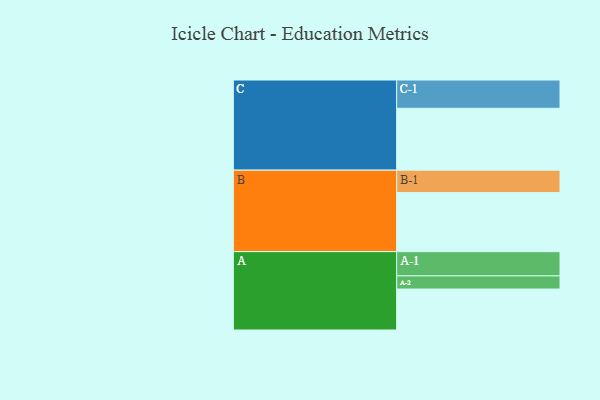
{"axis": {"x": "Segment", "y": "Value"}, "legend": ["", "A", "B", "C"], "data": [{"x": "A", "y": 382, "type": ""}, {"x": "B", "y": 551, "type": ""}, {"x": "C", "y": 577, "type": ""}, {"x": "A-1", "y": 226, "type": "A"}, {"x": "A-2", "y": 123, "type": "A"}, {"x": "B-1", "y": 209, "type": "B"}, {"x": "C-1", "y": 264, "type": "C"}]}